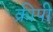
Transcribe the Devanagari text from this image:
क्रीपी